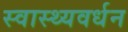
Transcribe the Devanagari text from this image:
स्वास्थ्यवर्धन